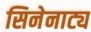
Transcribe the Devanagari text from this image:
सिनेनाट्य